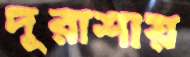
দূরাশায়